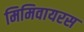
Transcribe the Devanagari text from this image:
मिमिवायरस